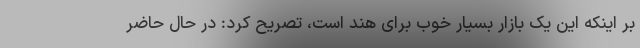
بر اینکه این یک بازار بسیار خوب برای هند است، تصریح کرد: در حال حاضر